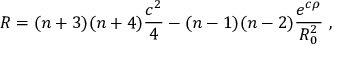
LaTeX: R = ( n + 3 ) ( n + 4 ) \frac { c ^ { 2 } } { 4 } - ( n - 1 ) ( n - 2 ) \frac { e ^ { c \rho } } { R _ { 0 } ^ { 2 } } ~ ,